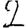
Digit: 2